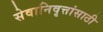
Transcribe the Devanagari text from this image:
सेवानिवृत्तांसाठी